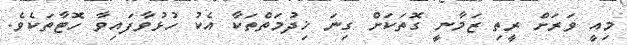
މިއީ ވަރަށް ރީތި ޒަމާނީ ގޮތަކަށް ގިނަ ޚިދުމަތްތަކާ އެކު ހުޅުވާފައިިވާ ހޮޓާތަކެވެ.